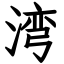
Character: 湾